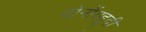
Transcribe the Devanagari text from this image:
दोनोंयहूदी